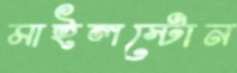
মাইলস্টোন